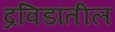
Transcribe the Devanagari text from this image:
द्रविडांतील